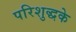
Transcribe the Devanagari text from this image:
परिशुद्धके